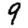
Digit: 9